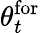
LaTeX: \theta_{t}^{\mathrm{{for}}}